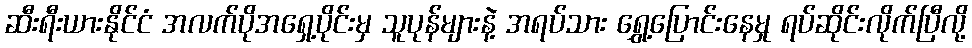
ဆီးရီးယားနိုင်ငံ အလက်ပိုအရှေ့ပိုင်းမှ သူပုန်များနဲ့ အရပ်သား ရွှေ့ပြောင်းနေမှု ရပ်ဆိုင်းလိုက်ပြီလို့